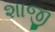
શાજી